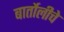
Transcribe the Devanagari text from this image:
बार्तोलीचे